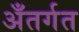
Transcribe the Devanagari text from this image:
अँतर्गत